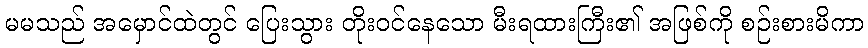
မမသည် အမှောင်ထဲတွင် ပြေးသွား တိုးဝင်နေသော မီးရထားကြီး၏ အဖြစ်ကို စဉ်းစားမိကာ